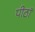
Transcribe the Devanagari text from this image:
पीठॉ